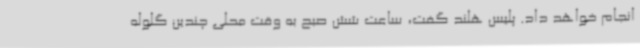
انجام خواهد داد. پلیس هلند گفت، ساعت شش صبح به وقت محلی چندین گلوله